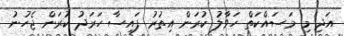
އަދި މި މަސައްކަތް ހަވާލު ކުރަން އިތުރު ފައިސާ ހަރަދު ކުރަން ޖެހުނު